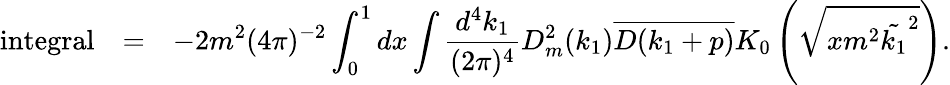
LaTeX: \begin{array}{rcl}{{\mathrm{integral}}}&{{=}}&{{\displaystyle-2m^{2}(4\pi)^{-2}\int_{0}^{1}dx\int\frac{d^{4}k_{1}}{(2\pi)^{4}}D_{m}^{2}(k_{1})\overline{{{D(k_{1}+p)}}}K_{0}\left(\sqrt{xm^{2}\tilde{k_{1}}^{2}}\right).}}\end{array}